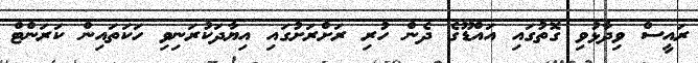
ރައީސް ވިދާޅުވި ގޮތުގައި އައްޑޫގެ ދެން ހުރި ރަށްރަށުގައި އިޔާދަކުރަނިވި ހަކަތައިން ކަރަންޓް